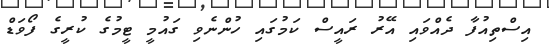
އިސްތިއުފާ ދެއްވައި އޭރު ރައީސް ކަމުގައި ހުންނެވި ގައުމީ ޓީމުގެ ކުރީގެ ފޯވަޑް